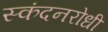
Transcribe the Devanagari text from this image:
स्कंदनरोधी